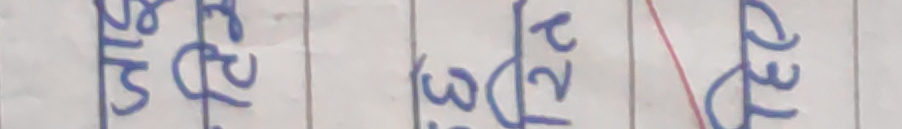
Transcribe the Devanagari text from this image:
5/९२ जे३२। २२१